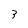
Character: 3